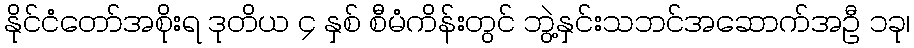
နိုင်ငံတော်အစိုးရ ဒုတိယ ၄ နှစ် စီမံကိန်းတွင် ဘွဲ့နှင်းသဘင်အဆောက်အဦ ၁ခု၊